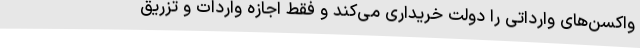
واکسن‌های وارداتی را دولت خریداری می‌کند و فقط اجازه واردات و تزریق